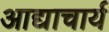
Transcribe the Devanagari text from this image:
आद्याचार्य